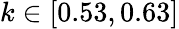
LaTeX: k\in[0.53,0.63]